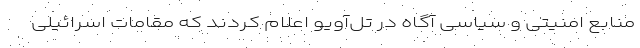
منابع امنیتی و سیاسی آگاه در تل‌آویو اعلام کردند که مقامات اسرائیلی